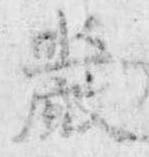
厳